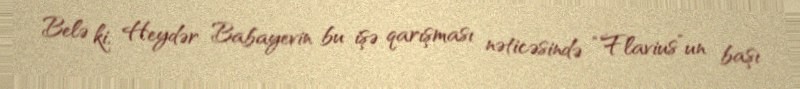
Belə ki, Heydər Babayevin bu işə qarışması nəticəsində “Flavius”un başı